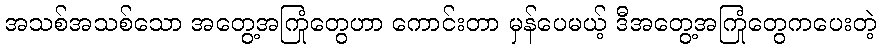
အသစ်အသစ်သော အတွေ့အကြုံတွေဟာ ကောင်းတာ မှန်ပေမယ့် ဒီအတွေ့အကြုံတွေကပေးတဲ့